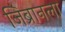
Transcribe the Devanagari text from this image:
जिब्रानला